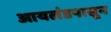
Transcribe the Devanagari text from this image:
आयलंडपासून